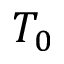
T _ { 0 }